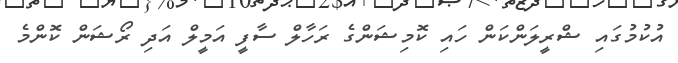
އުކުމުގައި ޝްރީލަންކަން ހައި ކޮމިޝަންގެ ރަހާލް ސާފީ އަމީލް އަދި ރޯޝަން ކޮންމެ